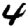
Digit: 4